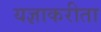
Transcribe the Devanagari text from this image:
यज्ञाकरीता